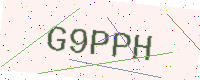
Text: G9PPH